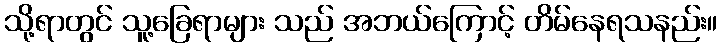
သို့ရာတွင် သူ့ခြေရာများ သည် အဘယ်ကြောင့် တိမ်နေရသနည်း။